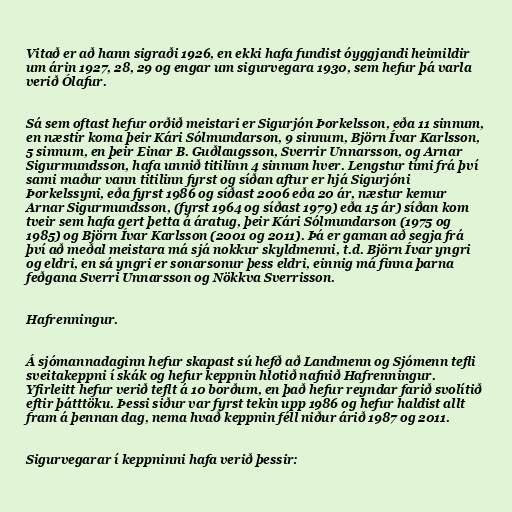
Vitað er að hann sigraði 1926, en ekki hafa fundist óyggjandi heimildir
um árin 1927, 28, 29 og engar um sigurvegara 1930, sem hefur þá varla
verið Ólafur.

Sá sem oftast hefur orðið meistari er Sigurjón Þorkelsson, eða 11 sinnum,
en næstir koma þeir Kári Sólmundarson, 9 sinnum, Björn Ívar Karlsson,
5 sinnum, en þeir Einar B. Guðlaugsson, Sverrir Unnarsson, og Arnar
Sigurmundsson, hafa unnið titilinn 4 sinnum hver. Lengstur tími frá því
sami maður vann titilinn fyrst og síðan aftur er hjá Sigurjóni
Þorkelssyni, eða fyrst 1986 og síðast 2006 eða 20 ár, næstur kemur
Arnar Sigurmundsson, (fyrst 1964 og síðast 1979) eða 15 ár) síðan kom
tveir sem hafa gert þetta á áratug, þeir Kári Sólmundarson (1975 og
1985) og Björn Ívar Karlsson (2001 og 2011). Þá er gaman að segja frá
því að meðal meistara má sjá nokkur skyldmenni, t.d. Björn Ívar yngri
og eldri, en sá yngri er sonarsonur þess eldri, einnig má finna þarna
feðgana Sverri Unnarsson og Nökkva Sverrisson.

Hafrenningur.

Á sjómannadaginn hefur skapast sú hefð að Landmenn og Sjómenn tefli
sveitakeppni í skák og hefur keppnin hlotið nafnið Hafrenningur.
Yfirleitt hefur verið teflt á 10 borðum, en það hefur reyndar farið svolítið
eftir þátttöku. Þessi siður var fyrst tekin upp 1986 og hefur haldist allt
fram á þennan dag, nema hvað keppnin féll niður árið 1987 og 2011.

Sigurvegarar í keppninni hafa verið þessir: